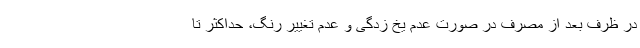
در ظرف بعد از مصرف در صورت عدم یخ زدگی و عدم تغییر رنگ، حداکثر تا